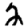
Digit: 2